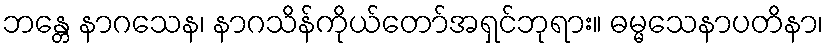
ဘန္တေ နာဂသေန၊ နာဂသိန်ကိုယ်တော်အရှင်ဘုရား။ ဓမ္မသေနာပတိနာ၊